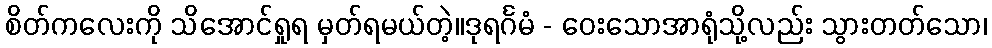
စိတ်ကလေးကို သိအောင်ရှုရ မှတ်ရမယ်တဲ့။ဒုရင်္ဂမံ - ဝေးသောအာရုံသို့လည်း သွားတတ်သော၊